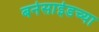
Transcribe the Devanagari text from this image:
बर्नसाईडच्या